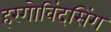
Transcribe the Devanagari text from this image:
हरगोविंदसिंग